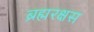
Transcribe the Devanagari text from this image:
ब्रह्मरक्षस